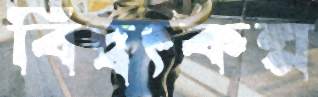
বিদ্বৎকল্প